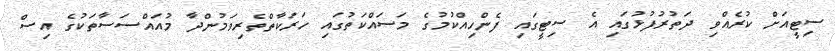
ސިޓީއަށް ކުރެއްވި ދަތުރުފުޅުގައި އެ ސިޓީގައި ފެންހިއްކުމުގެ މަސައްކަތުގައި ހަރަކާތްތެރިވަމުންދާ މުއައްސަސާތަކުގެ އިސް